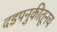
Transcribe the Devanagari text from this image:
दडपनुकीतूनच